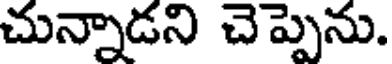
చున్నాడని చెప్పెను.